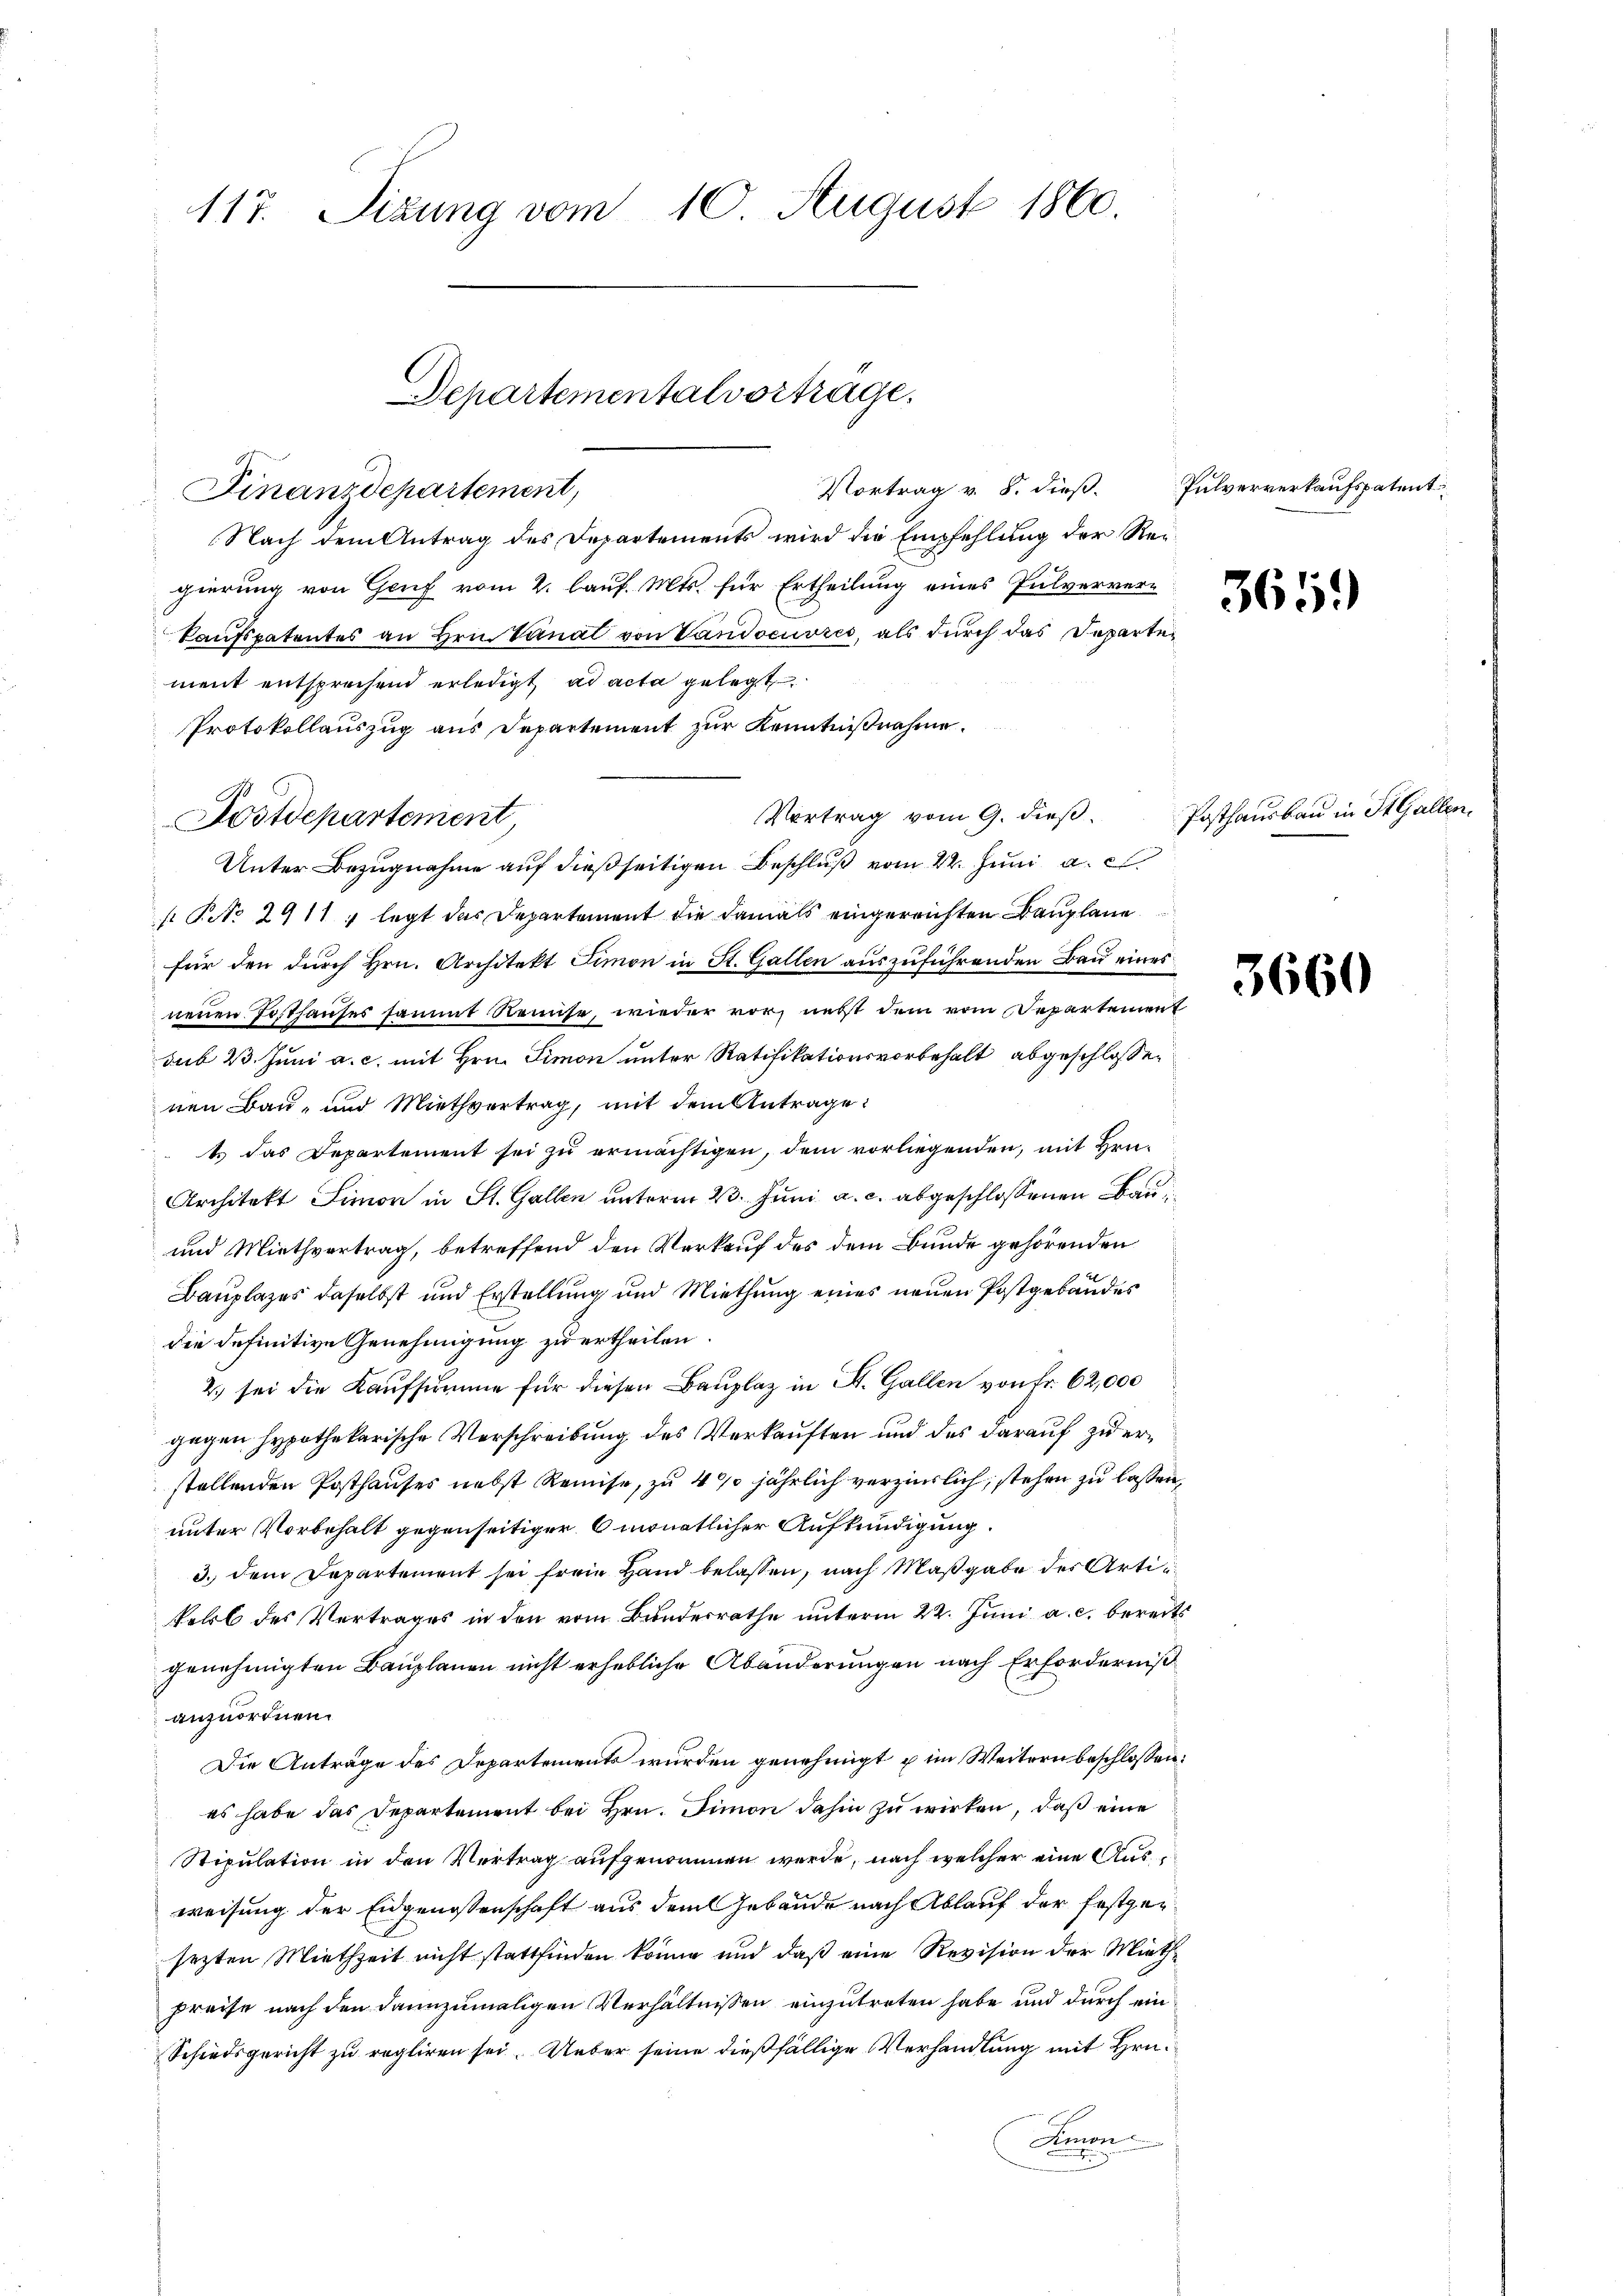
117. Sizung vom 10 August 1860.

Nach dem Antrag des Departements wird die Empfehlung der Regierung von Genf vom 2. lauf. Mts. für Ertheilung eines Pulverver-
kaufspatentes an Hrn. Vanat von Vandocuvres, als durch das Departement entsprechend erledigt ad acta gelegt
Protokollauszug aus Departement zur Kenntnißnahme.
Vertrag vom 9. dieß.
Unter Bezugnahme auf dießseitigen Beschluß vom 22. Juni a. c.
s P. 2911 ; legt das Departement die damals eingereichten Bauplane
für den durch Hrn. Architekt Simon in St. Gallen auszuführenden Bau eines
neuen Posthauses sammt Reinse, wieder vor, nebst dem vom Departement
sub 23. Juni a. c. mit Hrn. Simon unter Ratifikationsvorbehalt abgeschlossen
nen Bau- und Miethvertrag, mit dem Antrage:
1 das Departement sei zu ermächtigen, dem vorliegenden, mit Hrn¬
Architekt Simon in St. Gallen unterm 23. Juni a. c. abgeschlossenen Bau¬
und Miethvertrag, betreffend den Verkauf des dem Bunde gehörenden
Bauplazes daselbst und Erstellung und Miethung eines neuen Postgebäudes
die definitive Genehmigung zu ertheilen.
2.) sei die Kaufsumme für diesen Bauplaz in St. Gallen von Fr. 62,000
gegen hypothekarische Verschreibung des Verkauften und des darauf zu erstellenden Posthauses nebst Remise, zu 400 jährlich verzinslich, stehen zu lassen,
unter Vorbehalt gegenseitiger 6 monatlicher Aufkündigung.
3. dem Departement sei freie Hand belassen, nach Maßgabe des Artikoll des Vertrages in den vom Bundesrathe unterm 22. Juni a. c. bereits
genehmigten Bauplanen nicht erhebliche Abänderungen nach Erforderniß
anzuordnen.
Die Anträge des Departements wurden genehmigt u im Weitern beschlossen:
es habe das Departement bei Hrn. Simon dahin zu wirken, daß eine
Stipulation in den Vertrag aufgenommen werde, nach welcher eine Ausweisung der Eidgenossenschaft aus dem Gebäude nach Ablauf der festgersezten Miethzeit nicht stattfinden könne und daß eine Revision der Mieth
preise nach den dannzumaligen Verhältnissen einzutreten habe und durch ein
Schiedsgericht zu regliren sei. Ueber seine dießfällige Verhandlung mit Hrn.
Amon
i

Dostdepartement

Departementalvortrage.
Vortrag v. 8. dieß¬
Finanzdepartement,

Pulververkaufspatent

3659)

Posthausbau in St. Gallen.

3660